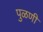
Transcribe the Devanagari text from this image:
पुळणी